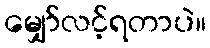
မျှော်လင့်ရတာပဲ။